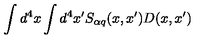
\int d ^ { 4 } x \int d ^ { 4 } x ^ { \prime } S _ { \alpha q } ( x , x ^ { \prime } ) D ( x , x ^ { \prime } )